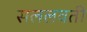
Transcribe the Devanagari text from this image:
सललवती